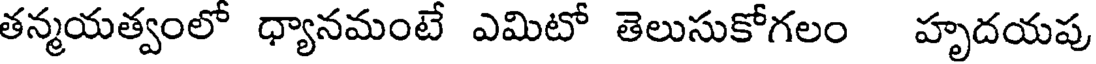
తన్మయత్వంలో ధ్యానమంటే ఎమిటో తెలుసుకోగలం హృదయపు